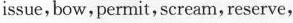
issue,bow,permit,scream, reserve,